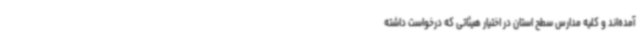
آمده‌اند و کلیه مدارس سطح استان در اختیار هیئاتی که درخواست داشته